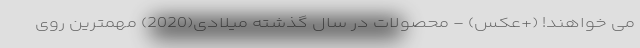
می خواهند! (+عکس) - محصولات در سال گذشته میلادی(2020) مهمترین روی